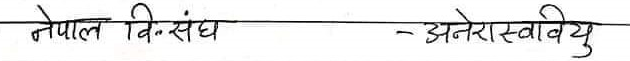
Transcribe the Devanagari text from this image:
नेपाल वि-संघ - अनेरास्‌वियु